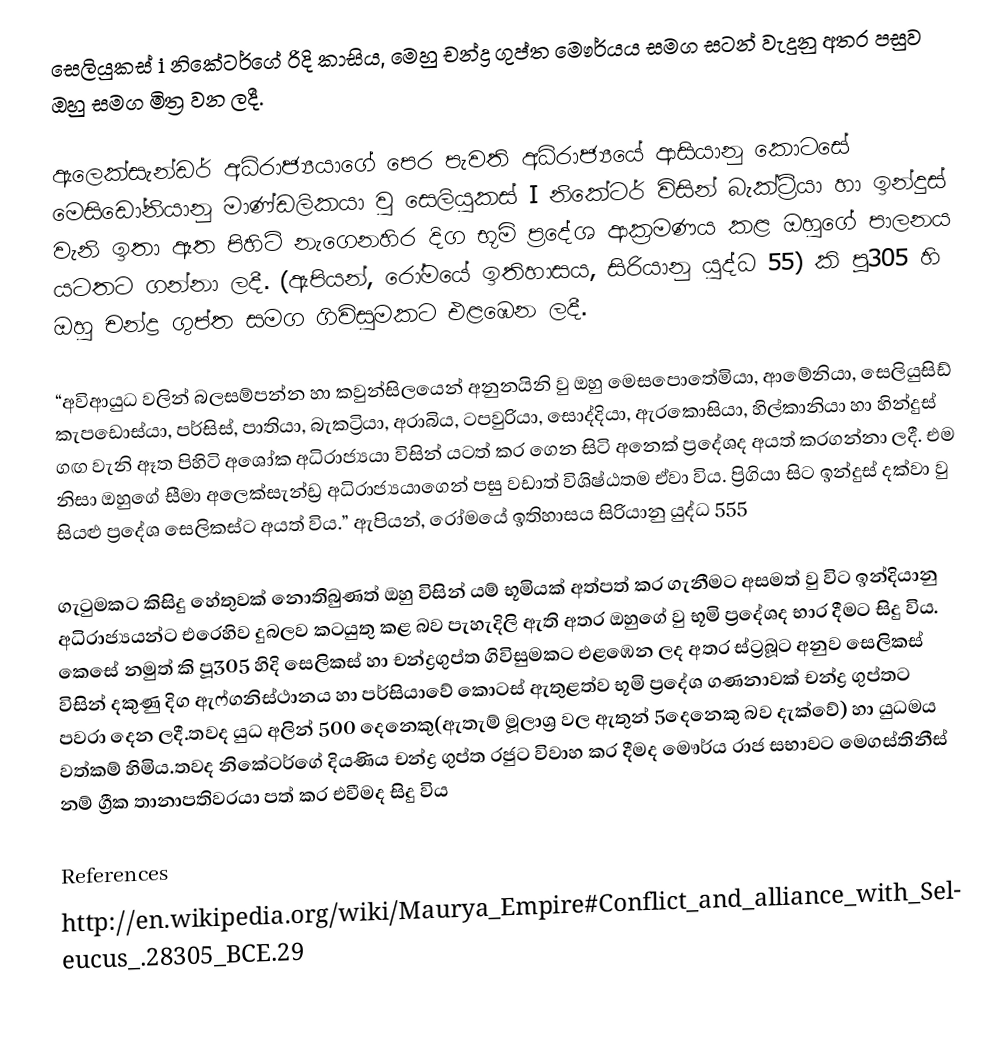
සෙලියුකස් i නිකේටර්ගේ රිදි කාසිය, මෙහු චන්ද්‍ර ගුප්ත මෞර්යය සමග සටන් වැදුනු අතර පසුව ඔහු සමග මිත්‍ර වන ලදී.

ඇලෙක්සැන්ඩර් අධිරාජ්‍යයාගේ පෙර පැවති අධිරාජ්‍යයේ ආසියානු කොටසේ මෙසිඩෝනියානු මාණ්ඩලිකයා වු සෙලියුකස් I නිකේටර් විසින් ‍බැක්ට්‍ර්යා හා ඉන්දුස් වැනි ඉතා ඈත පිහිටි නැගෙනහිර දිග භූමි ප්‍රදේශ ආක්‍රමණය කළ ඔහුගේ පාලනය යටතට ගන්නා ලදී. (ඇපියන්, රෝමයේ ඉතිහාසය, සිරියානු යුද්ධ 55) කි පූ305 හි ඔහු චන්ද්‍ර ගුප්ත සමග ගිවිසුමකට එළඹෙන ලදී.

“අවිආයුධ වලින් බලසම්පන්න හා කවුන්සිලයෙන් අනුනයිනි වු ඔහු මෙසපොතේමියා, ආමේනියා, සෙලියුසිඩ් කැපඩොස්යා, පර්සිස්, පාතියා, බැකට්‍රියා, අරාබිය, ටපවුරියා, සොද්දියා, ඇරකොසියා, හිල්කානියා හා හින්දුස් ගඟ වැනි ‍ඈත පිහිටි අශෝක අධිරාජ්‍යයා විසින් යටත් කර ගෙන සිටි අනෙක් ප්‍රදේශද අයත් කරගන්නා ලදී. එම නිසා ඔහුගේ සීමා අලෙක්සැන්ඩ්‍ර අධිරාජ්‍යයාගෙන් පසු වඩාත් විශිෂ්ඨතම ඒවා විය. ප්‍රිගියා සිට ඉන්දුස් දක්වා වු සියළු ප්‍රදේශ සෙලිකස්ට අයත් විය.” ඇපියන්, රෝමයේ ඉතිහාසය සිරියානු යුද්ධ 555

ගැටුමකට කිසිදු හේතුවක් නොතිබුණත් ඔහු විසින් යම් භූමියක් අත්පත් කර ගැනීම‍ට අසමත් වු විට ඉන්දියානු අධිරාජ්‍යයන්ට එරෙහිව දුබලව කටයුතු කළ බව පැහැදිලි ඇති අතර ඔහුගේ වු භූමි ප්‍රදේශද භාර දීමට සිදු විය. කෙසේ නමුත් කි පූ305  හිදි සෙලිකස් හා චන්ද්‍රගුප්ත ගිවිසුමකට එළඹෙන ලද අතර ස්ට්‍රබූට අනුව සෙලිකස් විසින් දකුණු දිග ඇෆ්ගනිස්ථානය හා පර්සියාවේ කොටස් ඇතුළත්ව භූමි ප්‍රදේශ ගණනාවක් චන්ද්‍ර ගුප්තට පවරා දෙන ලදී.තවද යුධ අලින් 500 දෙනෙකු(ඇතැම් මූලාශ්‍ර වල ඇතුන් 5දෙනෙකු බව දැක්වේ) හා යුධමය වත්කම් හිමිය.තවද නිකේටර්ගේ දියණිය‍ චන්ද්‍ර ගුප්ත රජුට විවාහ කර දීමද මෞර්ය රාජ සභාවට මෙගස්තිනීස් නම් ග්‍රීක තානාපතිවරයා පත් කර එවීමද සිදු විය

References
http://en.wikipedia.org/wiki/Maurya_Empire#Conflict_and_alliance_with_Seleucus_.28305_BCE.29